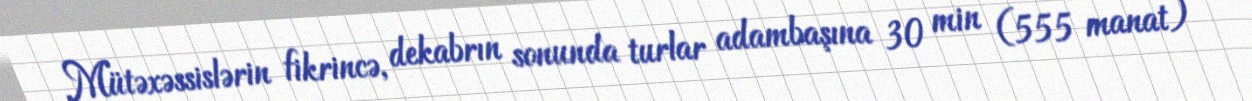
Mütəxəssislərin fikrincə, dekabrın sonunda turlar adambaşına 30 min (555 manat)